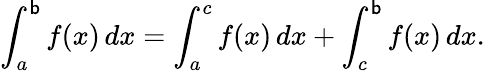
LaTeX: \int_{a}^{\mathsf{b}}f(x)\, dx=\int_{a}^{c}f(x)\, dx+\int_{c}^{\mathsf{b}}f(x)\, dx.